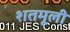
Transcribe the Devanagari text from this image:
शतमूली